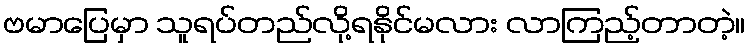
ဗမာပြေမှာ သူရပ်တည်လို့ရနိုင်မလား လာကြည့်တာတဲ့။